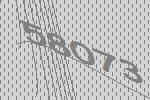
58073